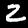
Digit: 2